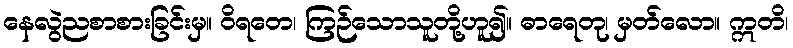
နေလွဲညစာစားခြင်းမှ။ ဝိရတေ၊ ကြဉ်သောသူတို့ဟူ၍။ ဓာရေတု၊ မှတ်လော။ ဣတိ၊